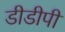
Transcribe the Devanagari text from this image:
डीडीपी